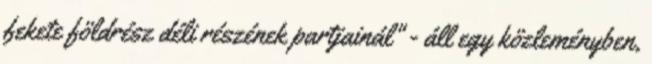
fekete földrész déli részének partjainál" - áll egy közleményben,